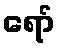
ရော်